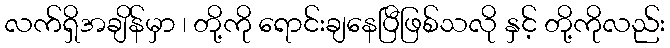
လက်ရှိအချိန်မှာ ၊ တို့ကို ရောင်းချနေပြီဖြစ်သလို နှင့် တို့ကိုလည်း